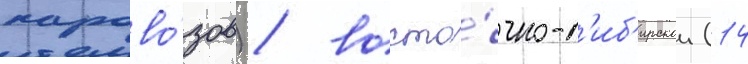
парово́зов) / восто́чно-с'иб'ирскои (14